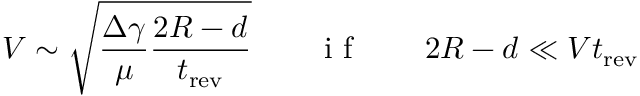
V \sim \sqrt { \frac { \Delta \gamma } { \mu } \frac { 2 R - d } { t _ { \mathrm { r e v } } } } \quad \quad \mathrm { ~ i ~ f ~ } \quad \quad 2 R - d \ll V t _ { \mathrm { r e v } }